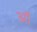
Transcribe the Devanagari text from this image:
ऑं